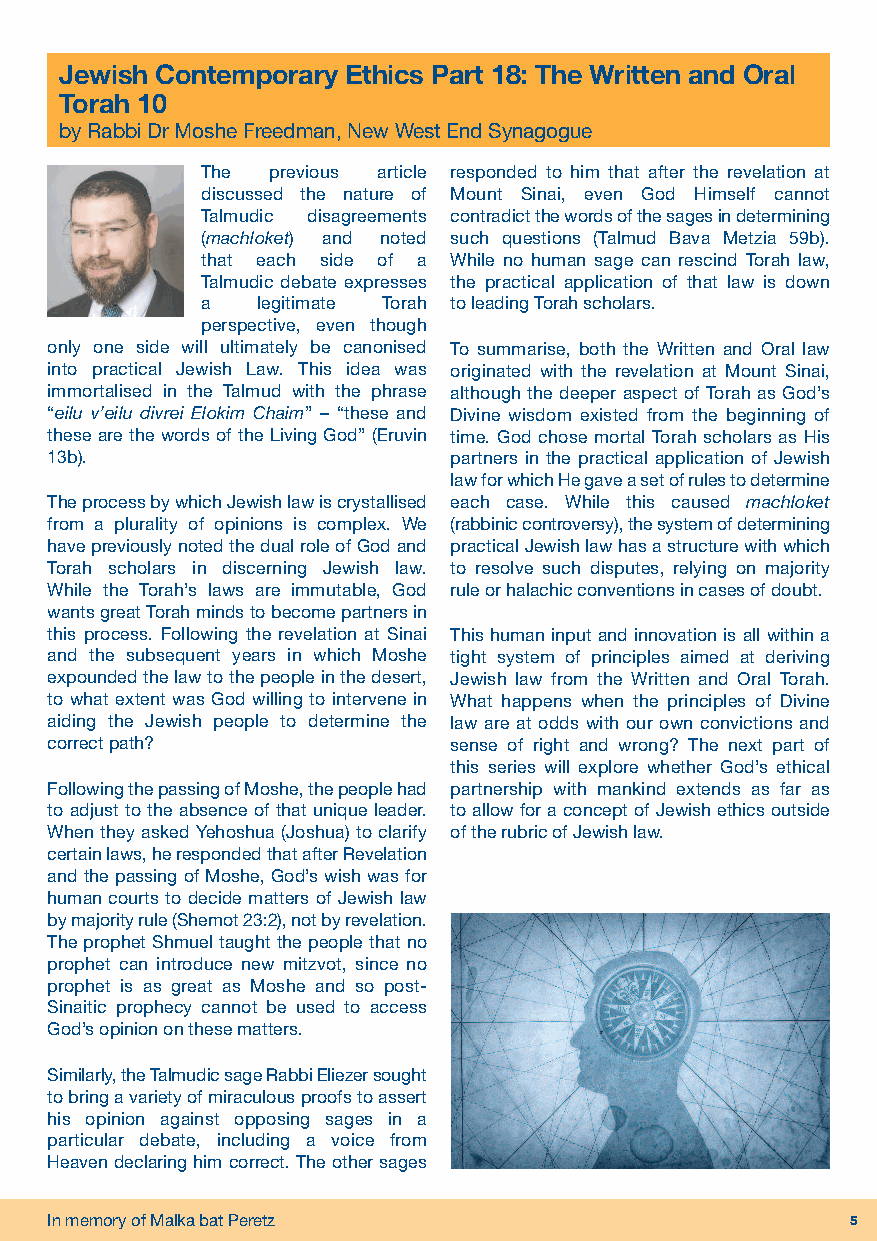
Jewish Contemporary Ethics Part 18: The Written and Oral
 Torah 10
 by Rabbi Dr Moshe Freedman, New West End Synagogue
 The  previous article responded to him that after the revelation at
 discussed the nature of Mount Sinai, even God Himself cannot
 Talmudic disagreements contradict the words of the sages in determining
 (machloket) and noted such questions (Talmud Bava Metzia 59b).
 that each side of a While no human sage can rescind Torah law,
 Talmudic debate expresses the practical application of that law is down
 a   legitimate Torah to leading Torah scholars.
 perspective, even though
 only one side will ultimately be canonised To summarise, both the Written and Oral law
 into practical Jewish Law. This idea was originated with the revelation at Mount Sinai,
 immortalised in the Talmud with the phrase although the deeper aspect of Torah as God’s
 “eilu v’eilu divrei Elokim Chaim” – “these and Divine wisdom existed from the beginning of
 these are the words of the Living God” (Eruvin time. God chose mortal Torah scholars as His
 13b).                      partners in the practical application of Jewish
 law for which He gave a set of rules to determine
 The process by which Jewish law is crystallised each case. While this caused machloket
 from a plurality of opinions is complex. We (rabbinic controversy), the system of determining
 have previously noted the dual role of God and practical Jewish law has a structure with which
 Torah scholars in discerning Jewish law. to resolve such disputes, relying on majority
 While the Torah’s laws are immutable, God rule or halachic conventions in cases of doubt.
 wants great Torah minds to become partners in
 this process. Following the revelation at Sinai This human input and innovation is all within a
 and the subsequent years in which Moshe tight system of principles aimed at deriving
 expounded the law to the people in the desert, Jewish law from the Written and Oral Torah.
 to what extent was God willing to intervene in What happens when the principles of Divine
 aiding the Jewish people to determine the law are at odds with our own convictions and
 correct path?              sense of right and wrong? The next part of
 this series will explore whether God’s ethical
 Following the passing of Moshe, the people had partnership with mankind extends as far as
 to adjust to the absence of that unique leader. to allow for a concept of Jewish ethics outside
 When they asked Yehoshua (Joshua) to clarify of the rubric of Jewish law.
 certain laws, he responded that after Revelation
 and the passing of Moshe, God’s wish was for
 human courts to decide matters of Jewish law
 by majority rule (Shemot 23:2), not by revelation.
 The prophet Shmuel taught the people that no
 prophet can introduce new mitzvot, since no
 prophet is as great as Moshe and so post-
 Sinaitic prophecy cannot be used to access
 God’s opinion on these matters.
 Similarly, the Talmudic sage Rabbi Eliezer sought
 to bring a variety of miraculous proofs to assert
 his opinion against opposing sages in a
 particular debate, including a voice from
 Heaven declaring him correct. The other sages
 In memory of Malka bat Peretz                        5